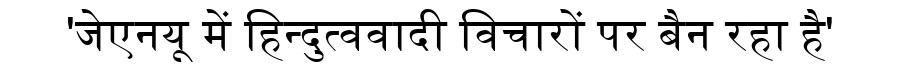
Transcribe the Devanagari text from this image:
'जेएनयू में हिन्दुत्ववादी विचारों पर बैन रहा है'